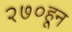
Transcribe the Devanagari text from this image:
२७०हून